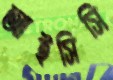
আইসিসি